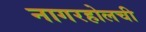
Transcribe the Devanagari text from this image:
नागरहोलची